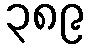
၃၈၉